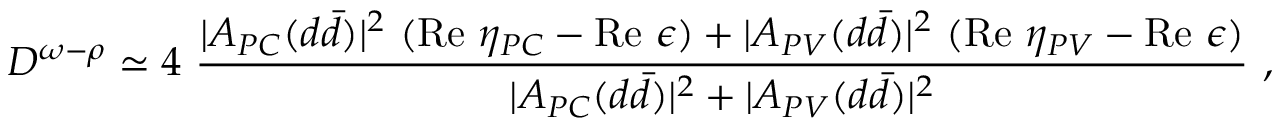
{ \cal D } ^ { \omega - \rho } \simeq 4 ~ \frac { | A _ { P C } ( d \bar { d } ) | ^ { 2 } ~ ( \mathrm { R e } ~ \eta _ { P C } - \mathrm { R e } ~ \epsilon ) + | A _ { P V } ( d \bar { d } ) | ^ { 2 } ~ ( \mathrm { R e } ~ \eta _ { P V } - \mathrm { R e } ~ \epsilon ) } { | A _ { P C } ( d \bar { d } ) | ^ { 2 } + | A _ { P V } ( d \bar { d } ) | ^ { 2 } } ~ ,